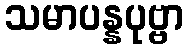
သမာပန္နပုဗ္ဗာ